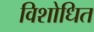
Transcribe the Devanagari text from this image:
विशोधित